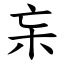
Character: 杗